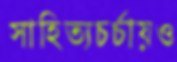
সাহিত্যচর্চায়ও